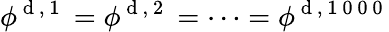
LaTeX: \phi^{\mathrm{~d~,~1~}}=\phi^{\mathrm{~d~,~2~}}=\dots=\phi^{\mathrm{~d~,~1~0~0~0~}}